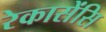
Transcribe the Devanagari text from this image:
रेकासेंसि